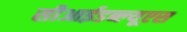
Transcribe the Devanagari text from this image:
सीआईडब्‍ल्‍यूएस